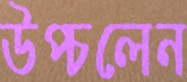
উপ্‌চলেন